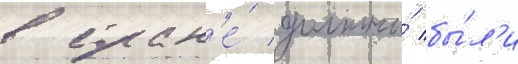
в стран'е́ должны́ бы́л'и